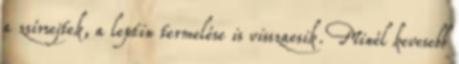
a zsírsejtek, a leptin termelése is visszaesik. Minél kevesebb